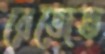
রেজেভ